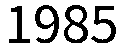
1985